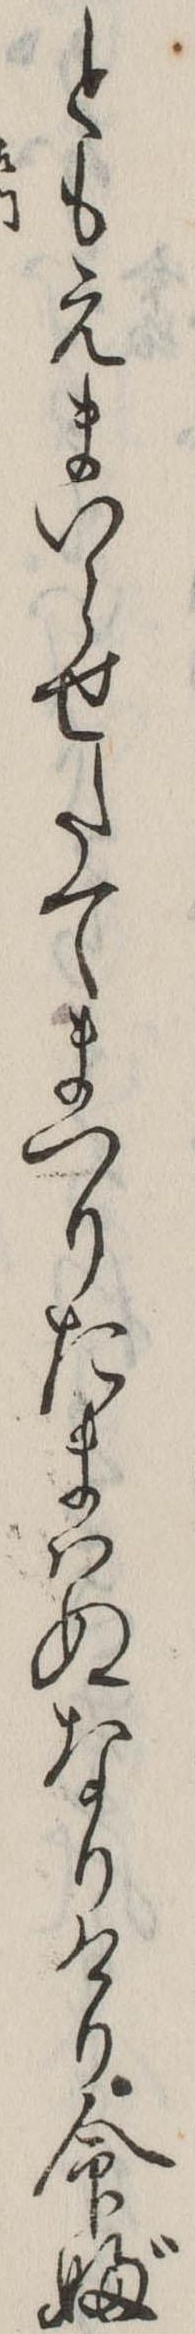
ともえまいらせたてまつりたまはぬなりけり命婦